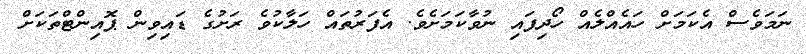
ނަމަވެސް އެކަމަށް ހައެއްލެއް ހޯދިފައި ނުވާކަމަށެވެ. އެފަރުތައް ހަލާކުވެ ރަށުގެ ޑައިވިން ޕޮއިންޓްތަކަށް